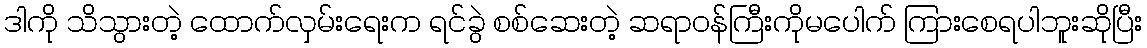
ဒါကို သိသွားတဲ့ ထောက်လှမ်းရေးက ရင်ခွဲ စစ်ဆေးတဲ့ ဆရာဝန်ကြီးကိုမပေါက် ကြားစေရပါဘူးဆိုပြီး